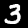
Label: 3